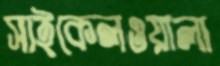
সাইকেলওয়ালা